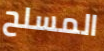
المسلح